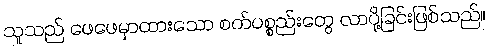
သူသည် ဖေဖေမှာထားသော စက်ပစ္စည်းတွေ လာပို့ခြင်းဖြစ်သည်။